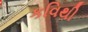
કવિથી